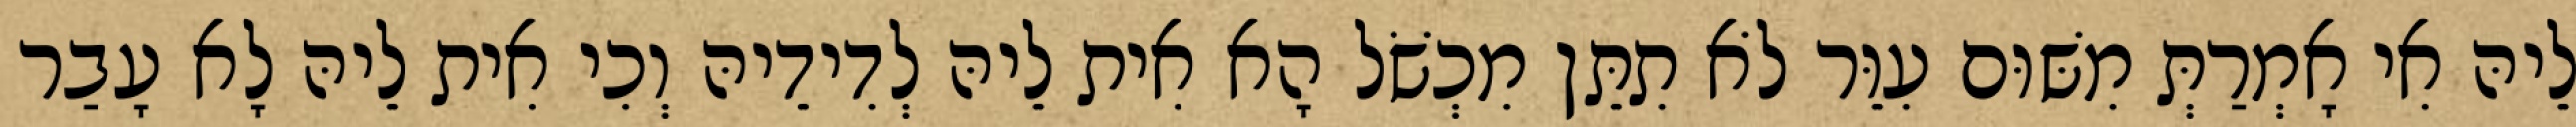
לֵיהּ אִי אָמְרַתְּ מִשּׁוּם עִוֵּר לֹא תִתֵּן מִכְשֹׁל הָא אִית לֵיהּ לְדִידֵיהּ וְכִי אִית לֵיהּ לָא עָבַר